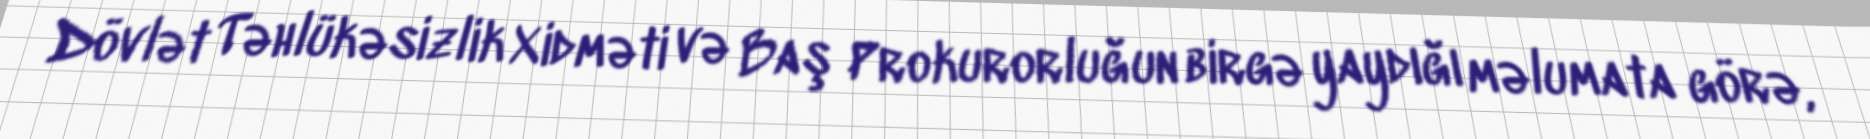
Dövlət Təhlükəsizlik Xidməti və Baş Prokurorluğun birgə yaydığı məlumata görə,